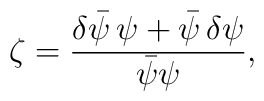
\zeta=\frac{\delta\bar{\psi}\, \psi+\bar{\psi}\,\delta\psi}  {\bar{\psi}\psi},